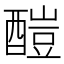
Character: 𨢉